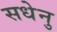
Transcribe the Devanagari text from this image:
सधेनु